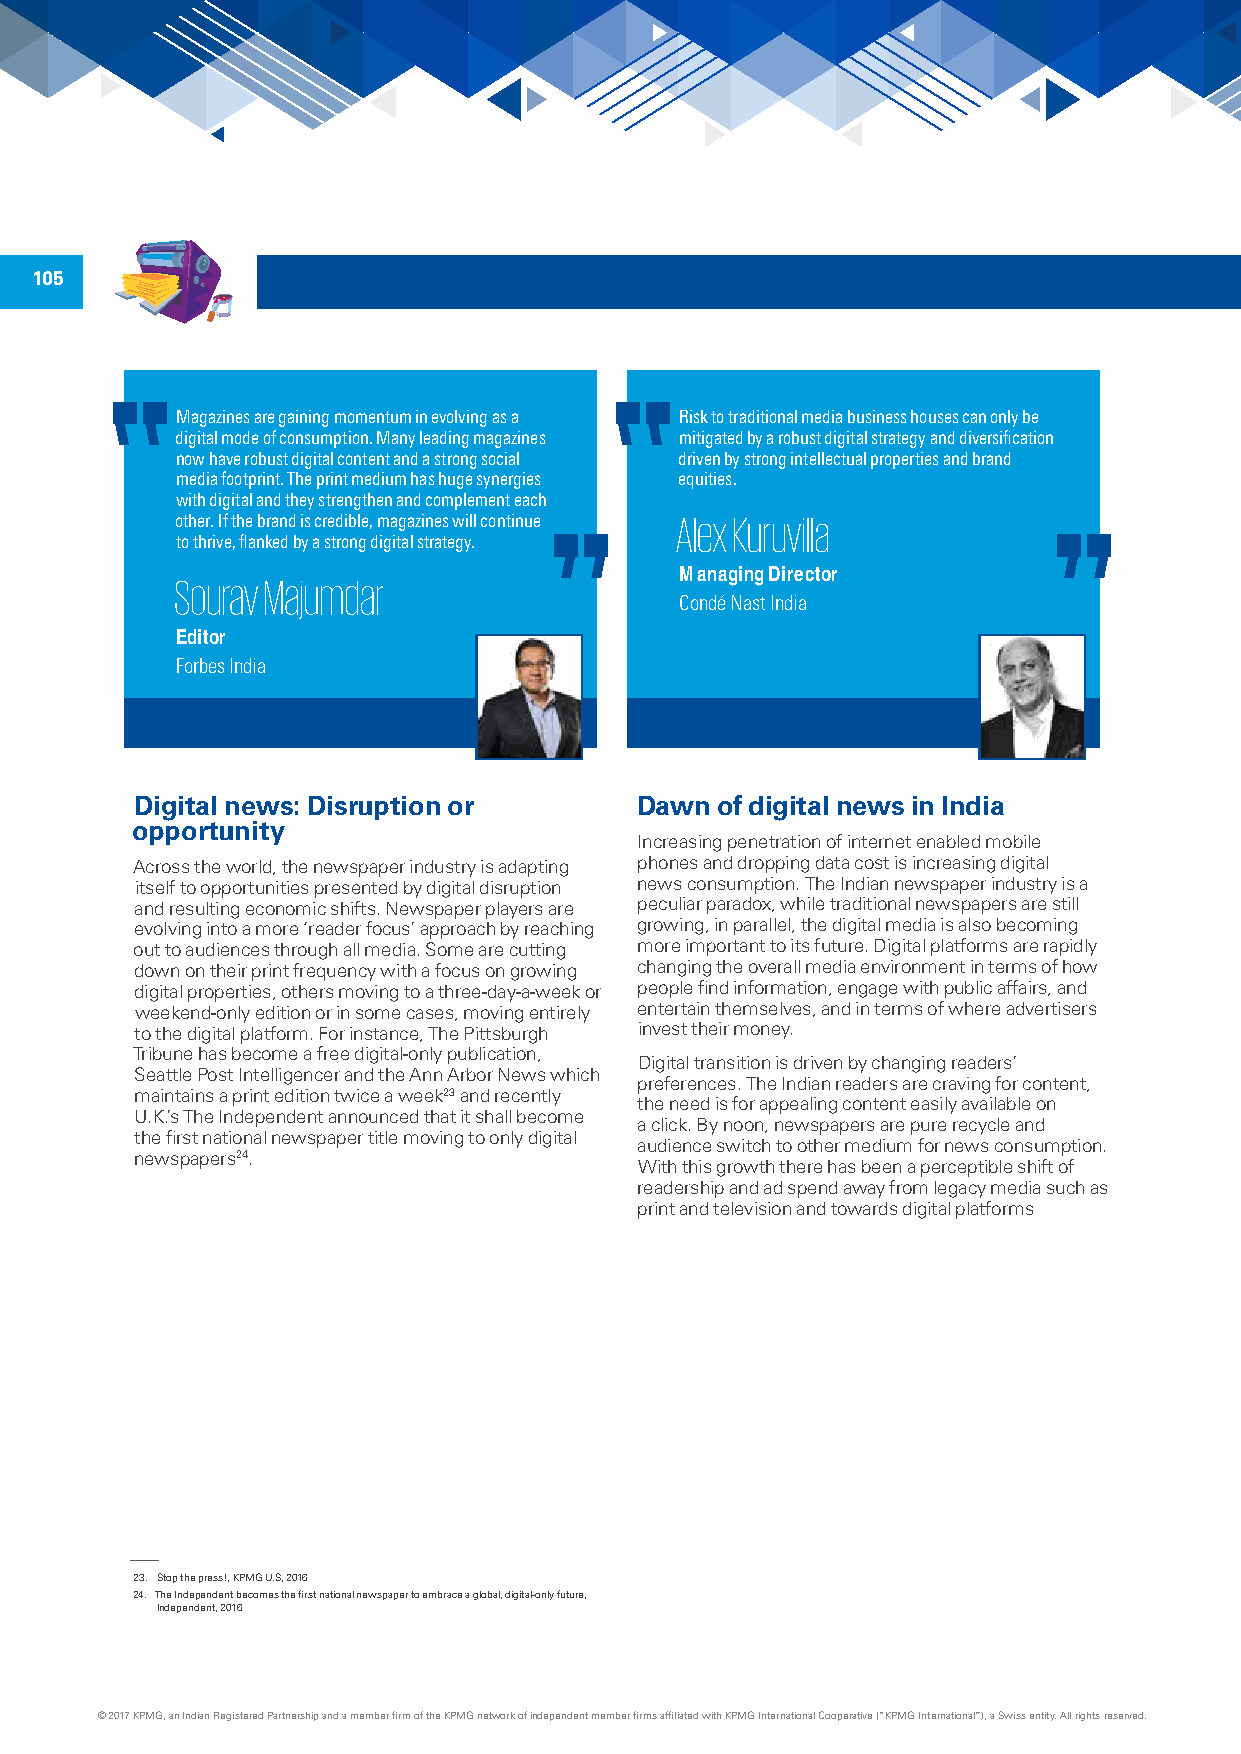
105
 Magazines are gaining momentum in evolving as a Risk to traditional media business houses can only be
 digital mode of consumption. Many leading magazines mitigated by a robust digital strategy and diversification
 now have robust digital content and a strong social driven by strong intellectual properties and brand
 media footprint. The print medium has huge synergies equities.
 with digital and they strengthen and complement each
 other. If the brand is credible, magazines will continue Alex Kuruvilla
 to thrive, flanked by a strong digital strategy.
 Sourav Majumdar                  Managing Director
 Condé Nast India
 Editor
 Forbes India
 Digital news: Disruption or      Dawn of digital news in India
 opportunity
 Increasing penetration of internet enabled mobile
 Across the world, the newspaper industry is adapting phones and dropping data cost is increasing digital
 itself to opportunities presented by digital disruption news consumption. The Indian newspaper industry is a
 and resulting economic shifts. Newspaper players are peculiar paradox, while traditional newspapers are still
 evolving into a more ‘reader focus’ approach by reaching growing, in parallel, the digital media is also becoming
 out to audiences through all media. Some are cutting more important to its future. Digital platforms are rapidly
 down on their print frequency with a focus on growing changing the overall media environment in terms of how
 digital properties, others moving to a three-day-a-week or people find information, engage with public affairs, and
 weekend-only edition or in some cases, moving entirely entertain themselves, and in terms of where advertisers
 to the digital platform. For instance, The Pittsburgh invest their money.
 Tribune has become a free digital-only publication,
 Digital transition is driven by changing readers’
 Seattle Post Intelligencer and the Ann Arbor News which
 preferences. The Indian readers are craving for content,
 maintains a print edition twice a week23 and recently
 the need is for appealing content easily available on
 U.K.’s The Independent announced that it shall become
 a click. By noon, newspapers are pure recycle and
 the first national newspaper title moving to only digital
 audience switch to other medium for news consumption.
 newspapers24.
 With this growth there has been a perceptible shift of
 readership and ad spend away from legacy media such as
 print and television and towards digital platforms
 23. Stop the press!, KPMG U.S, 2016
 24. The Independent becomes the first national newspaper to embrace a global, digital-only future,
 Independent, 2016
 © 2017 KPMG, an Indian Registered Partnership and a member firm of the KPMG network of independent member firms affiliated with KPMG International Cooperative (“KPMG International”), a Swiss entity. All rights reserved.